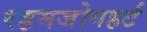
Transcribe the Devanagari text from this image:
रहमजोगहर्ट